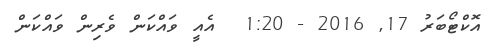
އޮކްޓޯބަރު 17